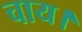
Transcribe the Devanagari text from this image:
चाय।